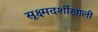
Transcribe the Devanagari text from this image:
सूक्ष्मदर्शीखाली